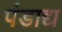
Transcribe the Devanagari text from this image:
पंडाद्य